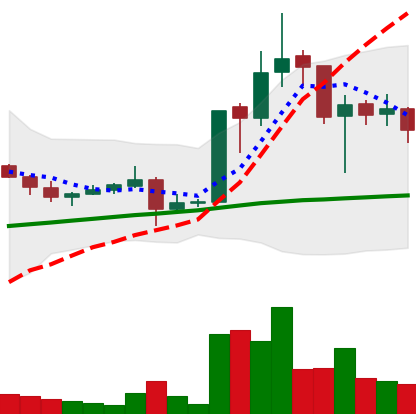
Ticker: LTC-USD
Chart end date: 2017-10-21
Forward return: -4.233%
Label: down_3_5